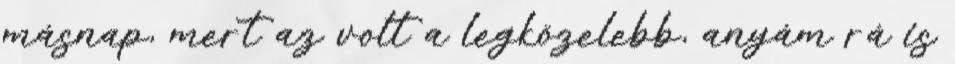
másnap, mert az volt a legközelebb, anyám rá is